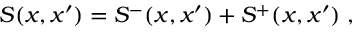
S ( x , x ^ { \prime } ) = S ^ { - } ( x , x ^ { \prime } ) + S ^ { + } ( x , x ^ { \prime } ) \; ,